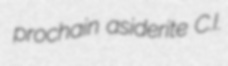
prochain asiderite C.I.